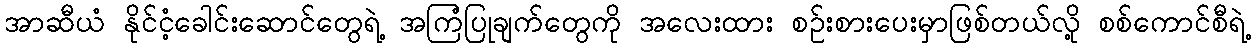
အာဆီယံ နိုင်ငံ့ခေါင်းဆောင်တွေရဲ့ အကြံပြုချက်တွေကို အလေးထား စဉ်းစားပေးမှာဖြစ်တယ်လို့ စစ်ကောင်စီရဲ့